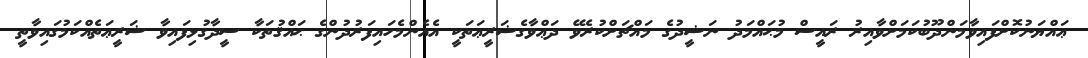
ޢައްޔަނުކޮށްފައިވާމަންދޫބުކަމަށްވާއިރު ރައީސް މުޙައްމަދު ނަޝީދުގެ މައްޗަށްކުރެވޭ ދަޢްވާގެޝަރީޢަތަކީ އެއެންމެހައިފަރުދުންގެ ޙައްޤުތަކާ ސީދާގުޅިފައިވާ ޝަރީޢަތެއްކަމުގައިވާތީ